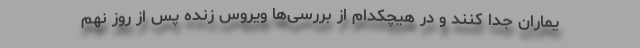
یماران جدا کنند و در هیچکدام از بررسی‌ها ویروس زنده پس از روز نهم